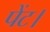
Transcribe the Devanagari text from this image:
पेंट।